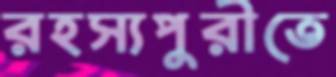
রহস্যপুরীতে